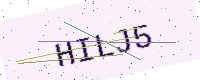
Text: HILJ5